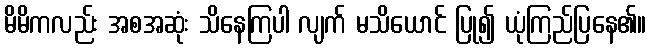
မိမိကလည်း အစအဆုံး သိနေကြပါ လျက် မသိယောင် ပြု၍ ယုံကြည်ပြနေ၏။